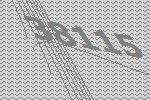
38115